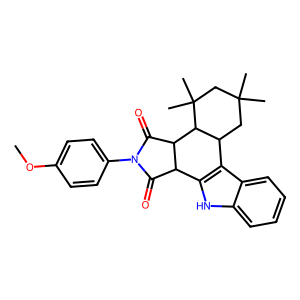
SMILES: COc1ccc(N2C(=O)C3c4[nH]c5ccccc5c4C4CC(C)(C)CC(C)(C)C4C3C2=O)cc1
Inhibits HIV replication: No